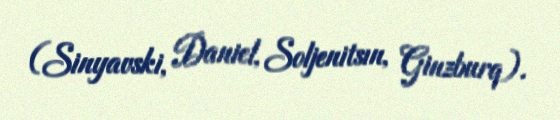
(Sinyavski, Daniel, Soljenitsın, Ginzburq).